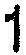
1